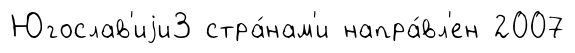
Югослав'иjи3 стра́нам'и напра́вл'ен 2007